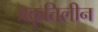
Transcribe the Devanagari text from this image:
प्रकृतिलीन